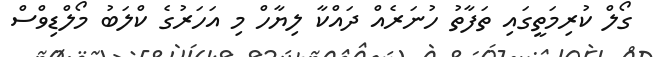
ގޯލް ކުރިމަތީގައި ތަފާތު ހުނަރެއް ދައްކާ ލިޔާހް މި އަހަރުގެ ކްލަބު މޯލްޑިވްސް